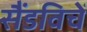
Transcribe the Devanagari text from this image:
सैंडविचें